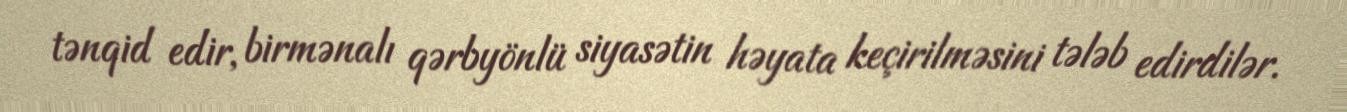
tənqid edir, birmənalı qərbyönlü siyasətin həyata keçirilməsini tələb edirdilər.